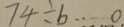
7 4 \div b \cdots 0